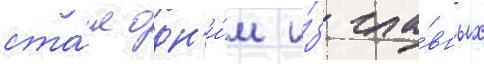
ста́л одн'и́м и́з гла́вных